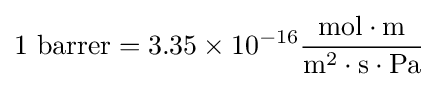
{\rm {{1}\ barrer={3.35\times 10^{-16}}{\frac {mol\cdot m}{m^{2}\cdot s\cdot Pa}}}}